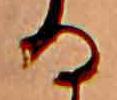
る